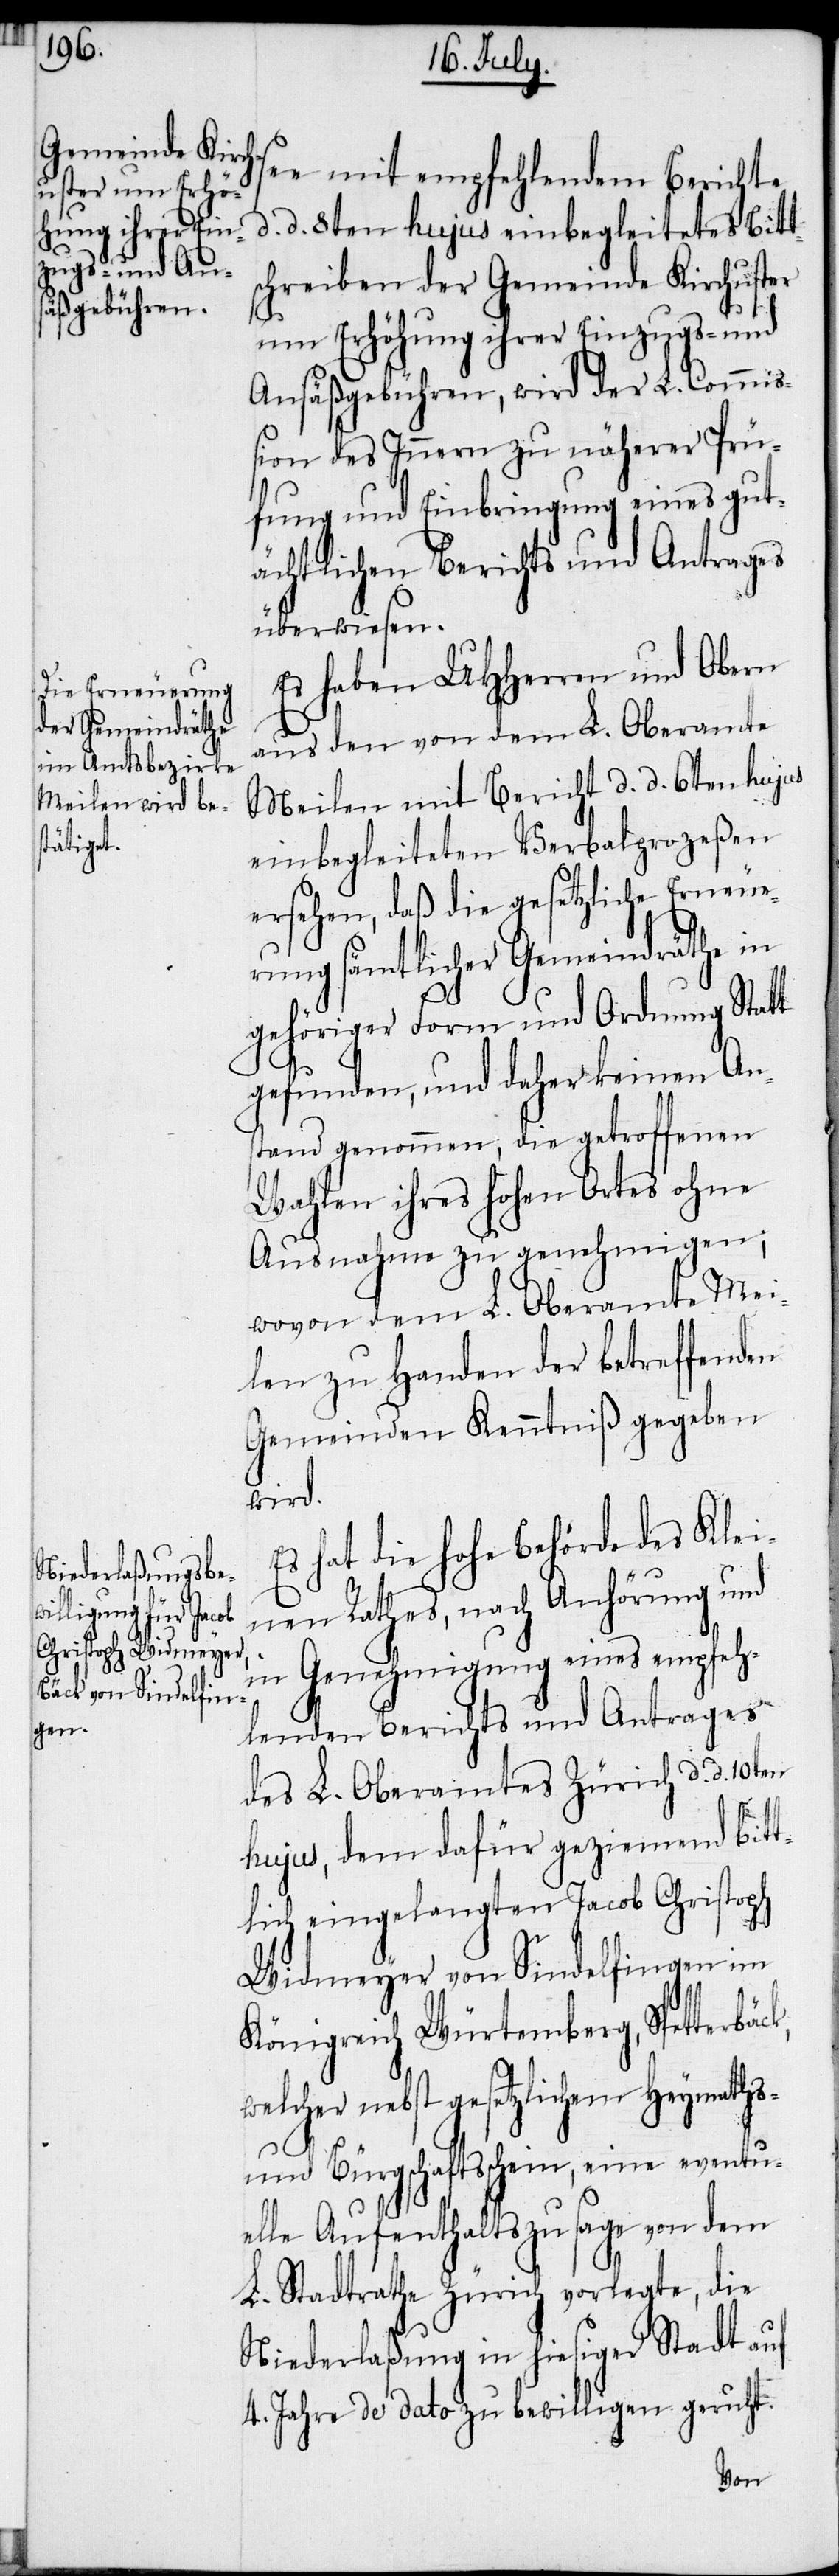
see mit empfehlendem Berichte
d. 8ten hujus einbegleitetes Bitt¬
schreiben der Gemeinde Kirchuster
um Erhöhung ihrer Einzugs- und
Ansäßgebühren, wird der L. Commiß¬
ion des Innern zu näherer Prü¬
fung und Einbringung eines gut¬
ächtlichen Berichts und Antrages
überwiesen.
Es haben UHHerren und Obern
aus den von dem L. Oberamte
Meilen mit Bericht d. d. 6ten hujus
einbegleiteten Verbalprozeßen
ersehen, daß die gesetzliche Erneue¬
rung sämtlicher Gemeindräthe in
gehöriger Form und Ordnung Statt
gefunden, und daher keinen An¬
stand genommen, die getroffenen
Wahlen ihres hohen Ortes ohne
Ausnahme zu genehmigen;
wovon dem L. Oberamte Mei¬
len zu Handen der betreffenden
Gemeinden Kenntniß gegeben
wird.
Es hat die hohe Behörde des Klei¬
nen Rathes, nach Anhörung und
in Genehmigung eines empfeh¬
lenden Berichts und Antrages
des L. Oberamtes Zürich d. d. 10ten
hujus, dem dafür geziemend bitt¬
lich eingelangten Jacob Christoph
Widmeyer von Sindelfingen im
Königreich Würtemberg, Spetterbäc¬
welcher nebst gesetzlichem Heymaths-
und Bürgschaftsschein, eine eventu¬
elle Aufenthaltszusage von dem
L. Stadtrathe Zürich vorlegte, die
Niederlaßung in hiesiger Stadt auf
4. Jahre de dato zu bewilligen geruht.
k,